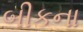
બીકના